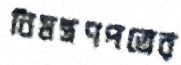
নিমন্ত্রণপত্রের